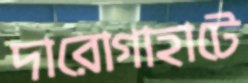
দারোগাহাটে